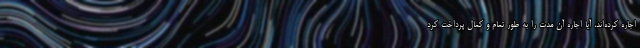
اجاره کرده‌اند، آیا اجاره آن مدت را به طور تمام و کمال پرداخت کرد